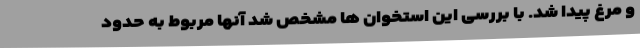
و مرغ پیدا شد. با بررسی این استخوان ها مشخص شد آنها مربوط به حدود